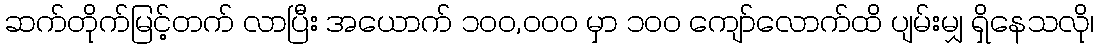
ဆက်တိုက်မြင့်တက် လာပြီး အယောက် ၁၀၀,၀၀၀ မှာ ၁၀၀ ကျော်လောက်ထိ ပျမ်းမျှ ရှိနေသလို၊